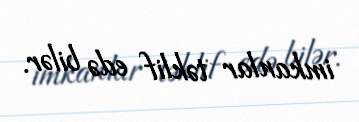
imkanlar təklif edə bilər.